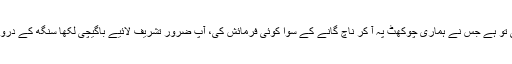
ہماری خوش نصیبی ہے کہ آپ نے اس خاکسار کو اس قابل سمجھا، آخر اس سنسار میں کوئی تو ہے جس نے ہماری چوکھٹ پہ آ کر ناچ گانے کے سوا کوئی فرمائش کی، آپ ضرور تشریف لائیے باگیچی لکھا سنگھ کے دروازے آپ کے لیئے ہمیشہ کھلے ہیں اور جب تک چاہیں یہاں امن و سکون سے رہ سکتے ہیں"۔